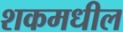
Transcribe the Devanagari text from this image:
शकमधील